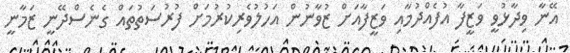
އޭނާ ވިދާޅުވީ ވަޒީފާ އުފެއްދުމާއި ވަޒީފާއަށް ޒުވާނުން އަހުލުވެރިކުރުމަށް ފުރުސަތުތައް ގެނެސްދޭނީ ޒަމާނީ